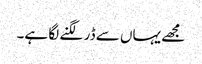
مجھے یہاں سے ڈر لگنے لگا ہے۔